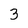
Character: 3